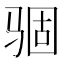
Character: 𩧽